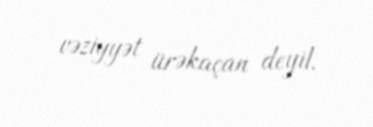
vəziyyət ürəkaçan deyil.